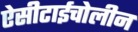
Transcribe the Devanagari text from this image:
ऐसीटाईचोलीन